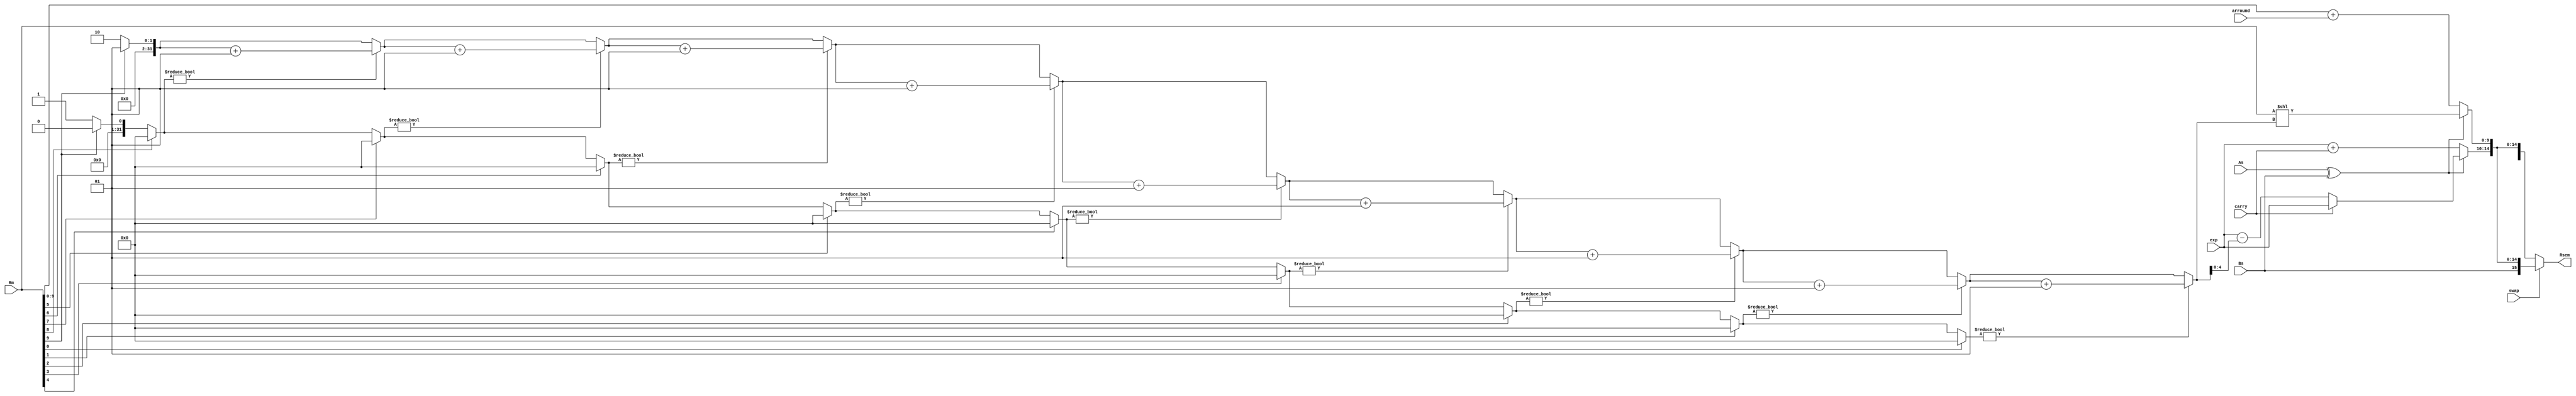
module arrange_result (
	input 		[4:0] 	exp,
	input 			 	arround,
	input 		[10:0] 	Rm,
	input 				As,
	input 				Bs,
	input 				swap,
	input 				carry,
	output 	reg [15:0]	Rsem
	);
			reg [4:0] 	rexp;
			reg [9:0] 	rRm;
			integer i,
					notfind,
					counter;
	always @ ( * ) begin
		rexp = 0;
		rRm = 0;
		if(As^Bs)begin
			notfind = 1;
			counter = 1;
			for(i=9;i>=0;i=i-1)begin
				if(Rm[i])				notfind = 0;
				if(notfind) 			counter = counter + 1;
			end
			if(!carry) 	rexp = exp - counter;
			else 		rexp = exp;
			rRm = Rm << counter;
		end else begin
				rexp = exp + carry;
				rRm = Rm + arround;
		end
		if(swap)Rsem = {Bs,rexp,rRm};
		else 	Rsem = {As,rexp,rRm};
	end
endmodule // arrange_result